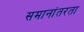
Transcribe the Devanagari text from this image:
समानांतरता